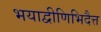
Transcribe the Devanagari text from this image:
भयाद्वीणिभिदैत्त